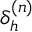
\delta _ { h } ^ { ( n ) }